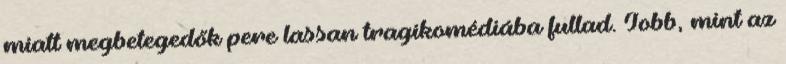
miatt megbetegedők pere lassan tragikomédiába fullad. Jobb, mint az